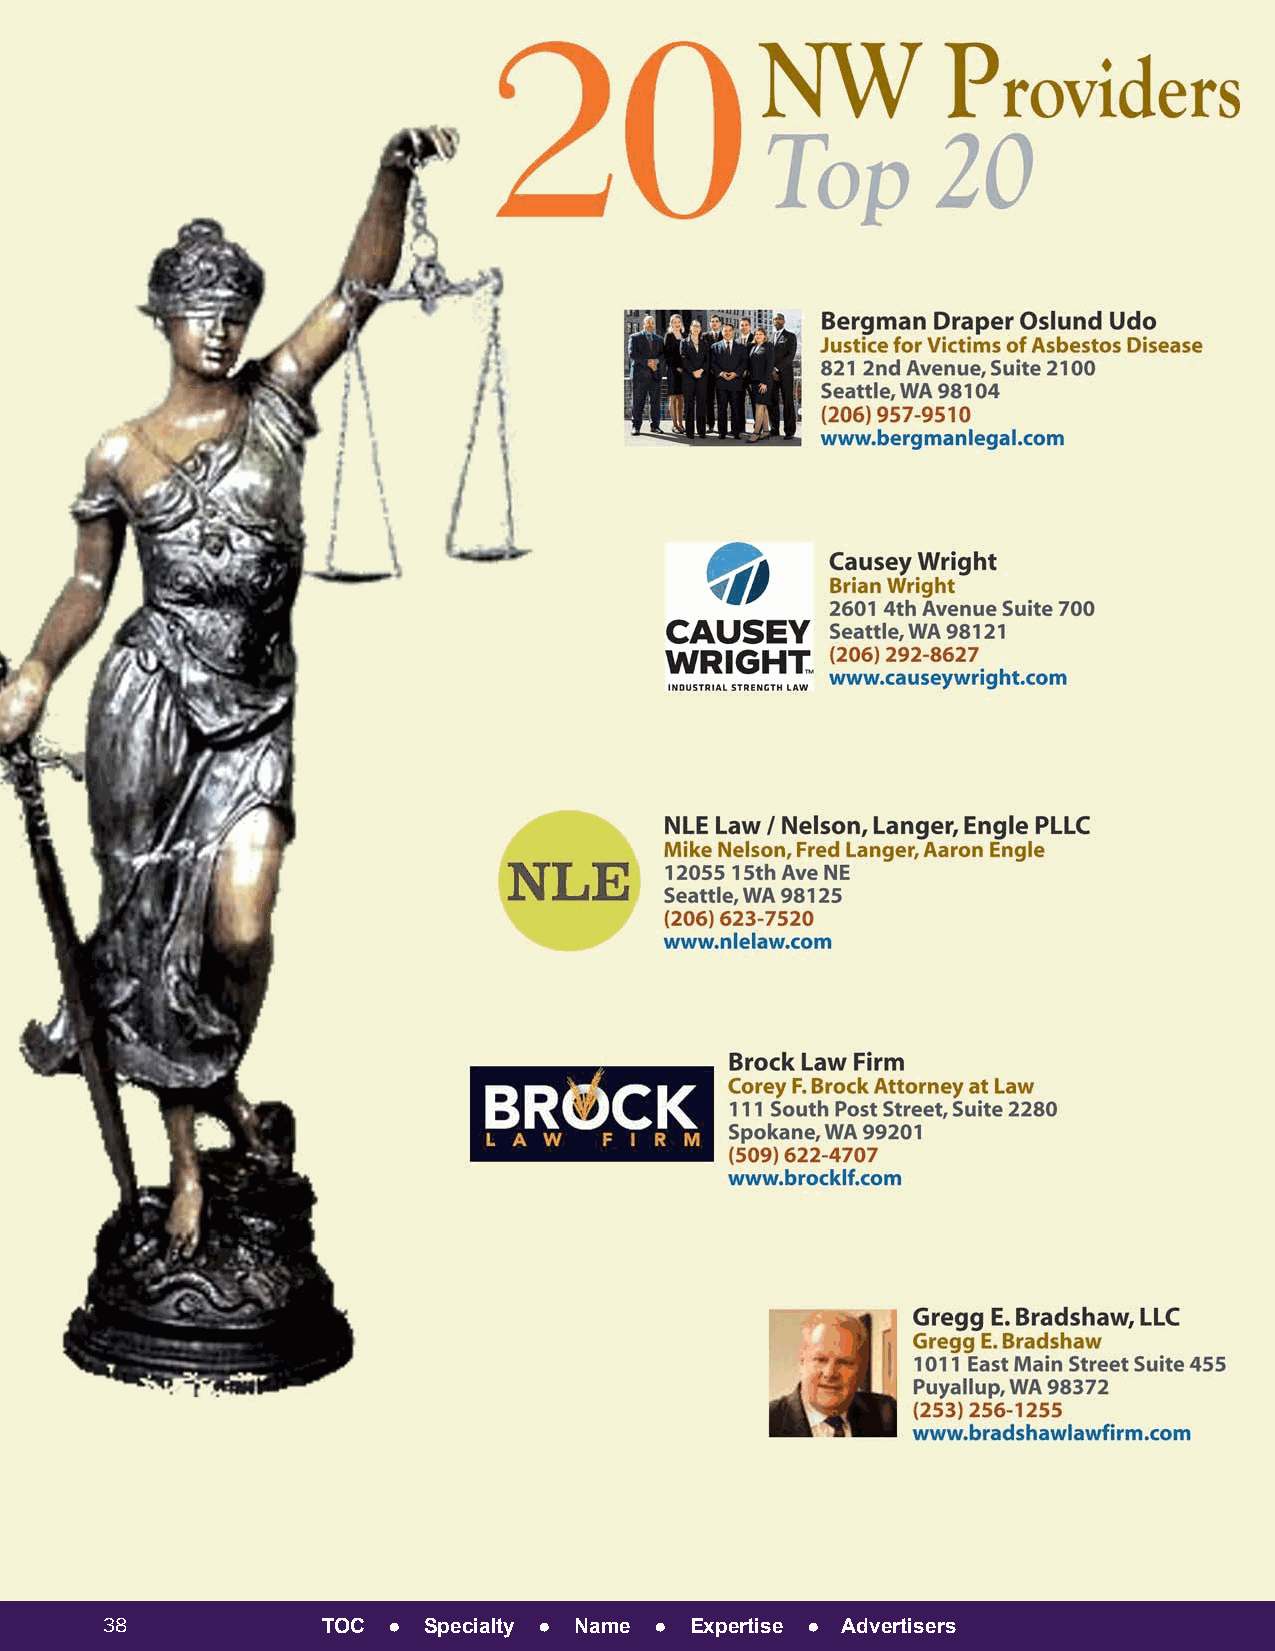
38            TOC  ● Specialty ● Name ● Expertise ● Advertisers